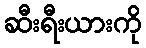
ဆီးရီးယားကို